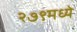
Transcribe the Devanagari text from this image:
२७९मध्ये